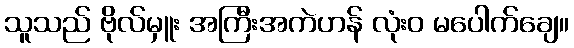
သူသည် ဗိုလ်မှူး အကြီးအကဲဟန် လုံးဝ မပေါက်ချေ။